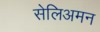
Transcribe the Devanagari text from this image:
सेलिअमन